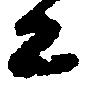
亦